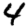
Digit: 4